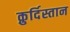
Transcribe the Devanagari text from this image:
क़ुर्दिस्तान